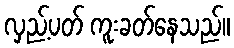
လှည့်ပတ် ကူးခတ်နေသည်။